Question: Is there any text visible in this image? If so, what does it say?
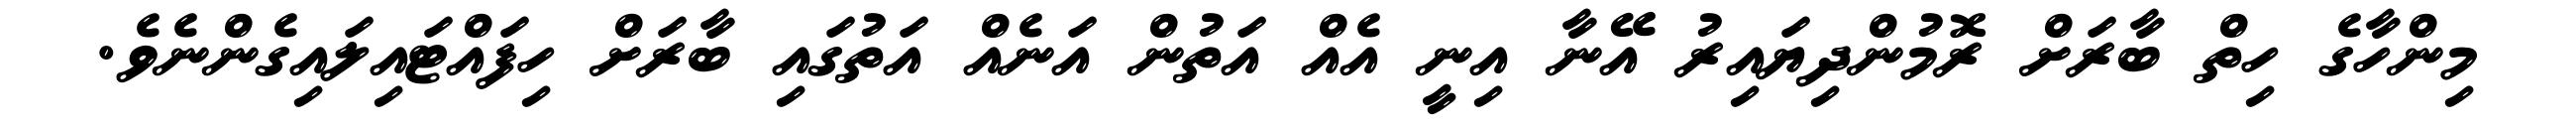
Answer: މިންހާގެ ހިތް ބާރަށް ރޮމުންދިޔައިރު އޭނާ އިނީ އެއް އަތުން އަނެއް އަތުގައި ބާރަށް ހިފައްޓައިލައިގެންނެވެ.